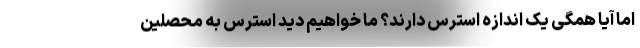
اما آیا همگی یک اندازه استرس دارند؟ ما خواهیم دید استرس به محصلین